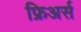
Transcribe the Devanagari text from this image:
फ्रिअर्स